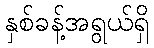
နှစ်ခန့်အရွယ်ရှိ